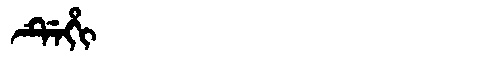
Manchu: ᡩᡝᡥᡳ
Romanization: DEHI